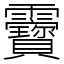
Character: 靌